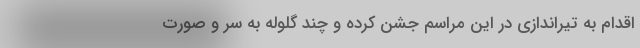
اقدام به تیراندازی در این مراسم جشن کرده و چند گلوله به سر و صورت